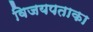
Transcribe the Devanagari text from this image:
विजयपताका